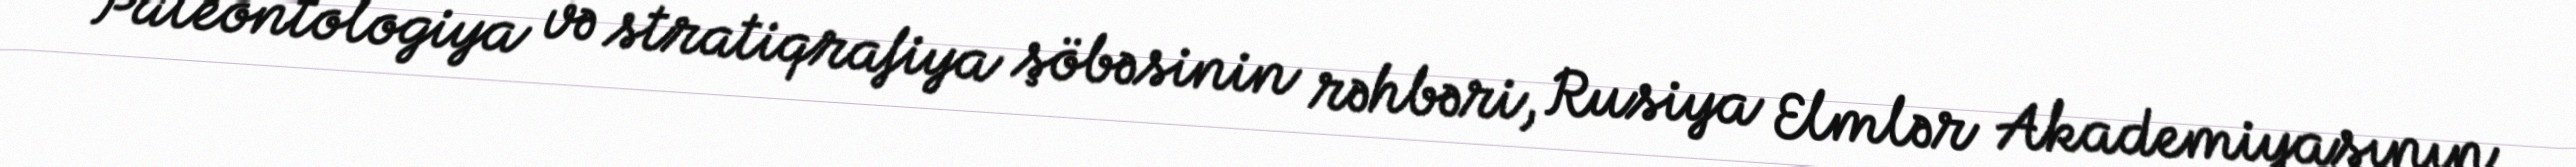
Paleontologiya və stratiqrafiya şöbəsinin rəhbəri, Rusiya Elmlər Akademiyasının